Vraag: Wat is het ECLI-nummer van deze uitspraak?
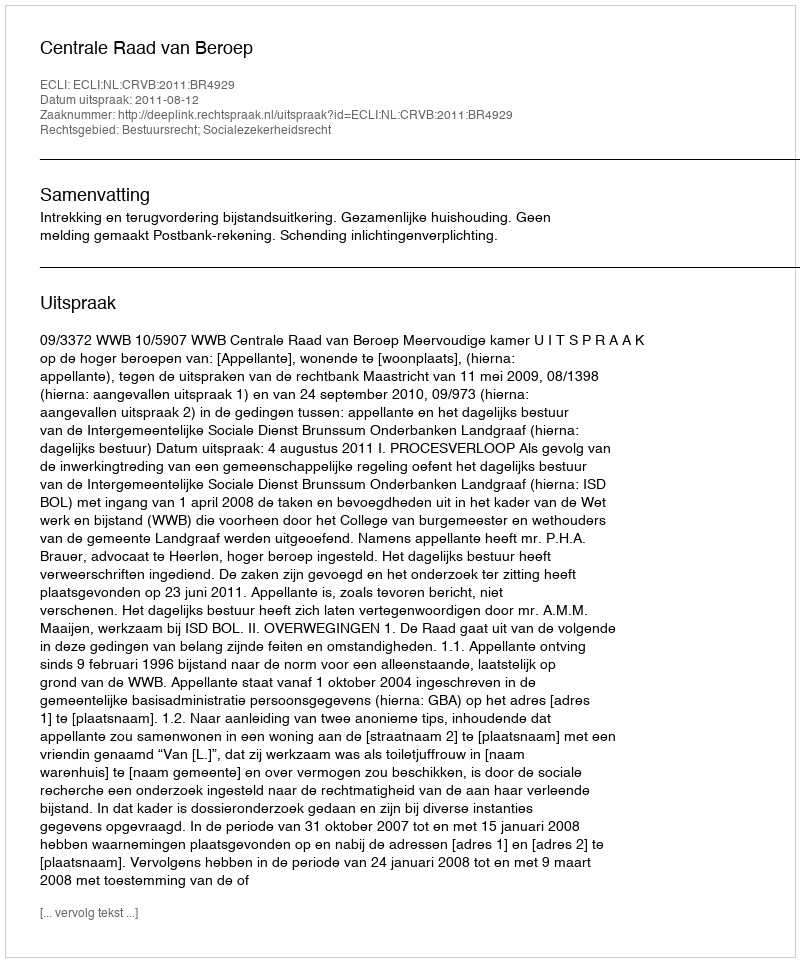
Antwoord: ECLI:NL:CRVB:2011:BR4929